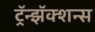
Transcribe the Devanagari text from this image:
ट्रॅन्झॅक्शन्स